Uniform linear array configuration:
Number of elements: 12
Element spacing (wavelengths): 0.25
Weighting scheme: uniform
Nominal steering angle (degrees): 15
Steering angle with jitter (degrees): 15.678
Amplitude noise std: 0.05
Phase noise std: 0.05

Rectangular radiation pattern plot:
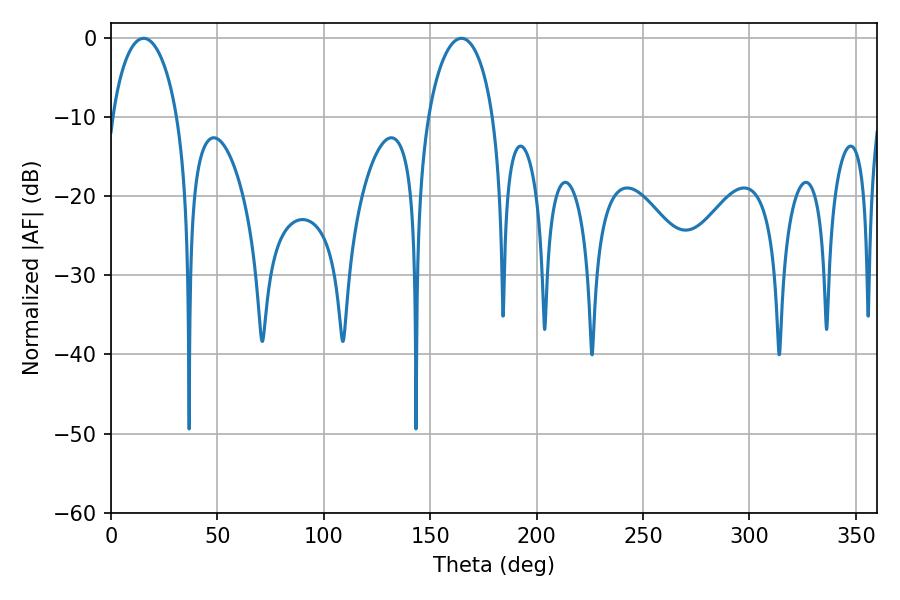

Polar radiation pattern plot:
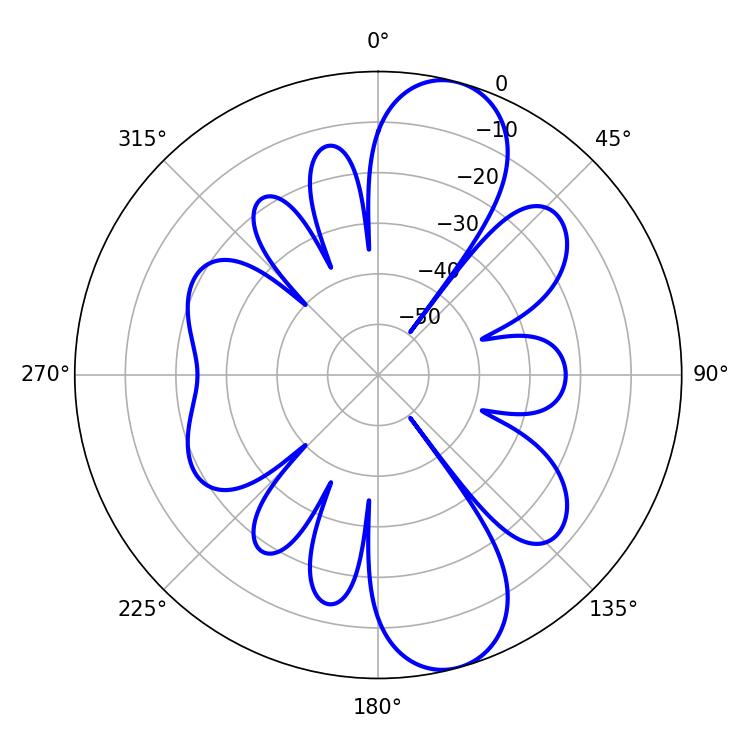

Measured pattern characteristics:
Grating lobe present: FALSE
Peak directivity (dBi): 10.511
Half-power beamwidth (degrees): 17.64
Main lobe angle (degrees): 15.3